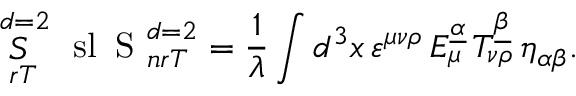
\mathop { S } _ { \ r T } ^ { \ d = 2 } \mathrm { \LARGE \ s l ~ S } _ { \ n r T } ^ { \ d = 2 } = { \frac { 1 } { \lambda } } \int d ^ { 3 } x \, \varepsilon ^ { \mu \nu \rho } \, E _ { \mu } ^ { \underline { { { \alpha } } } } \, T _ { \nu \rho } ^ { \underline { { { \beta } } } } \, \eta _ { \alpha \beta } .